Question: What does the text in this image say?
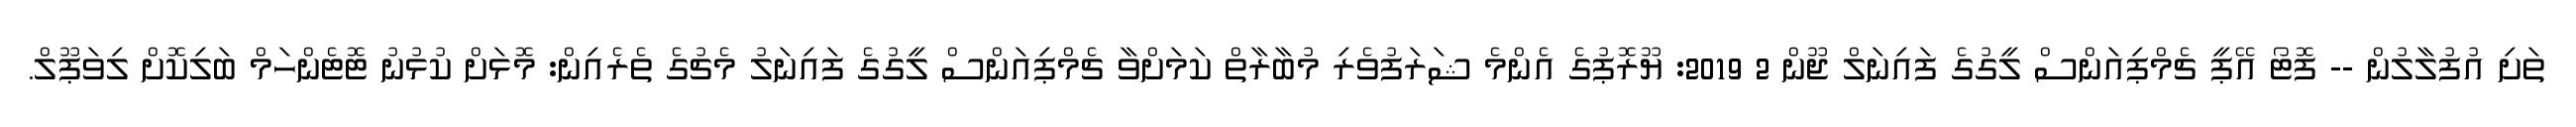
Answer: ތަށި އުފުލާލުން -- ފޮޓޯ އޭޕީ ޗެމްޕިއަންސް ލީގުގެ ފައިނަލް ޖޫން 2 2019: ޔޫރޮޕުގެ އެންމެ ޝަރަފުވެރި މުބާރާތް ކަމަށްވާ ޗެމްޕިއަންސް ލީގުގެ ފައިނަލު މެޗުގެ ތެރެއިން: މޮޅަށް ކުޅުނު ޓޮޓެންހަމް ބަލިކޮށް ލިވަޕޫލް.